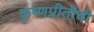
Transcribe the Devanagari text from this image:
कृष्णप्रीतीची